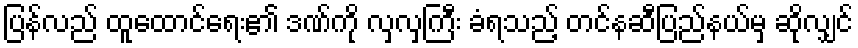
ပြန်လည် ထူထောင်ရေး၏ ဒဏ်ကို လှလှကြီး ခံရသည့် တင်နဆီပြည်နယ်မှ ဆိုလျှင်